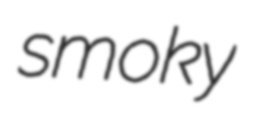
smoky